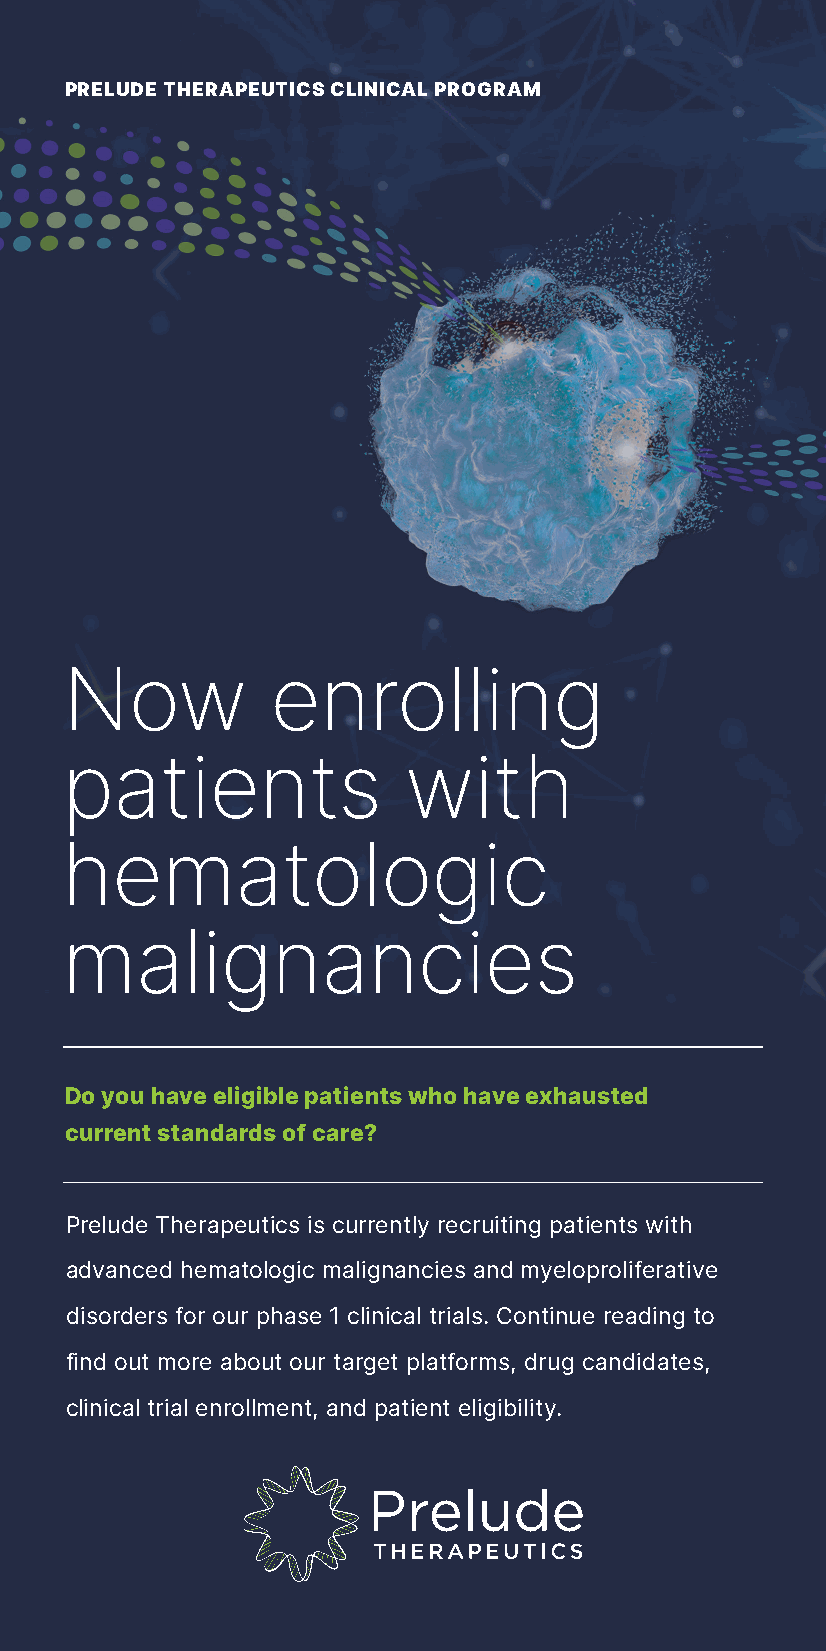
PRELUDE THERAPEUTICS CLINICAL PROGRAM
 Now           enrolling
 patients               with
 hematologic
 malignancies
 Do you have eligible patients who have exhausted
 current standards of care?
 Prelude Therapeutics is currently recruiting patients with
 advanced hematologic malignancies and myeloproliferative
 disorders for our phase 1 clinical trials. Continue reading to
 find out more about our target platforms, drug candidates,
 clinical trial enrollment, and patient eligibility.